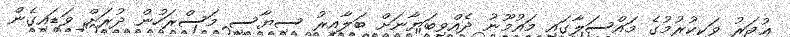
ޢުމަރު ވަކިކުރުމުގެ މައްސަލާގައި މައުމޫނު ދެއްވިބަޔާނަށް ބަލާއިރު ސިޔާސީ މަސްރަހުން ދުރަށް ވަޑައިގެން